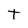
Character: t